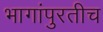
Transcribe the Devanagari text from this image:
भागांपुरतीच